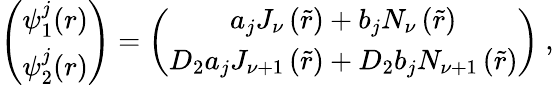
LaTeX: \left(\begin{array}{c}{{\psi_{1}^{j}(r)}}\\ {{\psi_{2}^{j}(r)}}\end{array}\right)=\left(\begin{array}{c}{{a_{j}J_{\nu}\left(\tilde{r}\right)+b_{j}N_{\nu}\left(\tilde{r}\right)}}\\ {{D_{2}a_{j}J_{\nu+1}\left(\tilde{r}\right)+D_{2}b_{j}N_{\nu+1}\left(\tilde{r}\right)}}\end{array}\right)\ ,